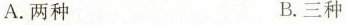
A.两种 B.三种